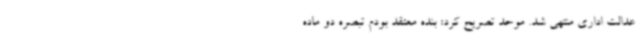
عدالت اداری منتهی شد. موحد تصریح کرد: بنده معتقد بودم تبصره دو ماده